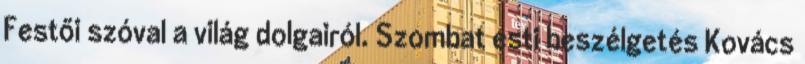
Festői szóval a világ dolgairól. Szombat esti beszélgetés Kovács